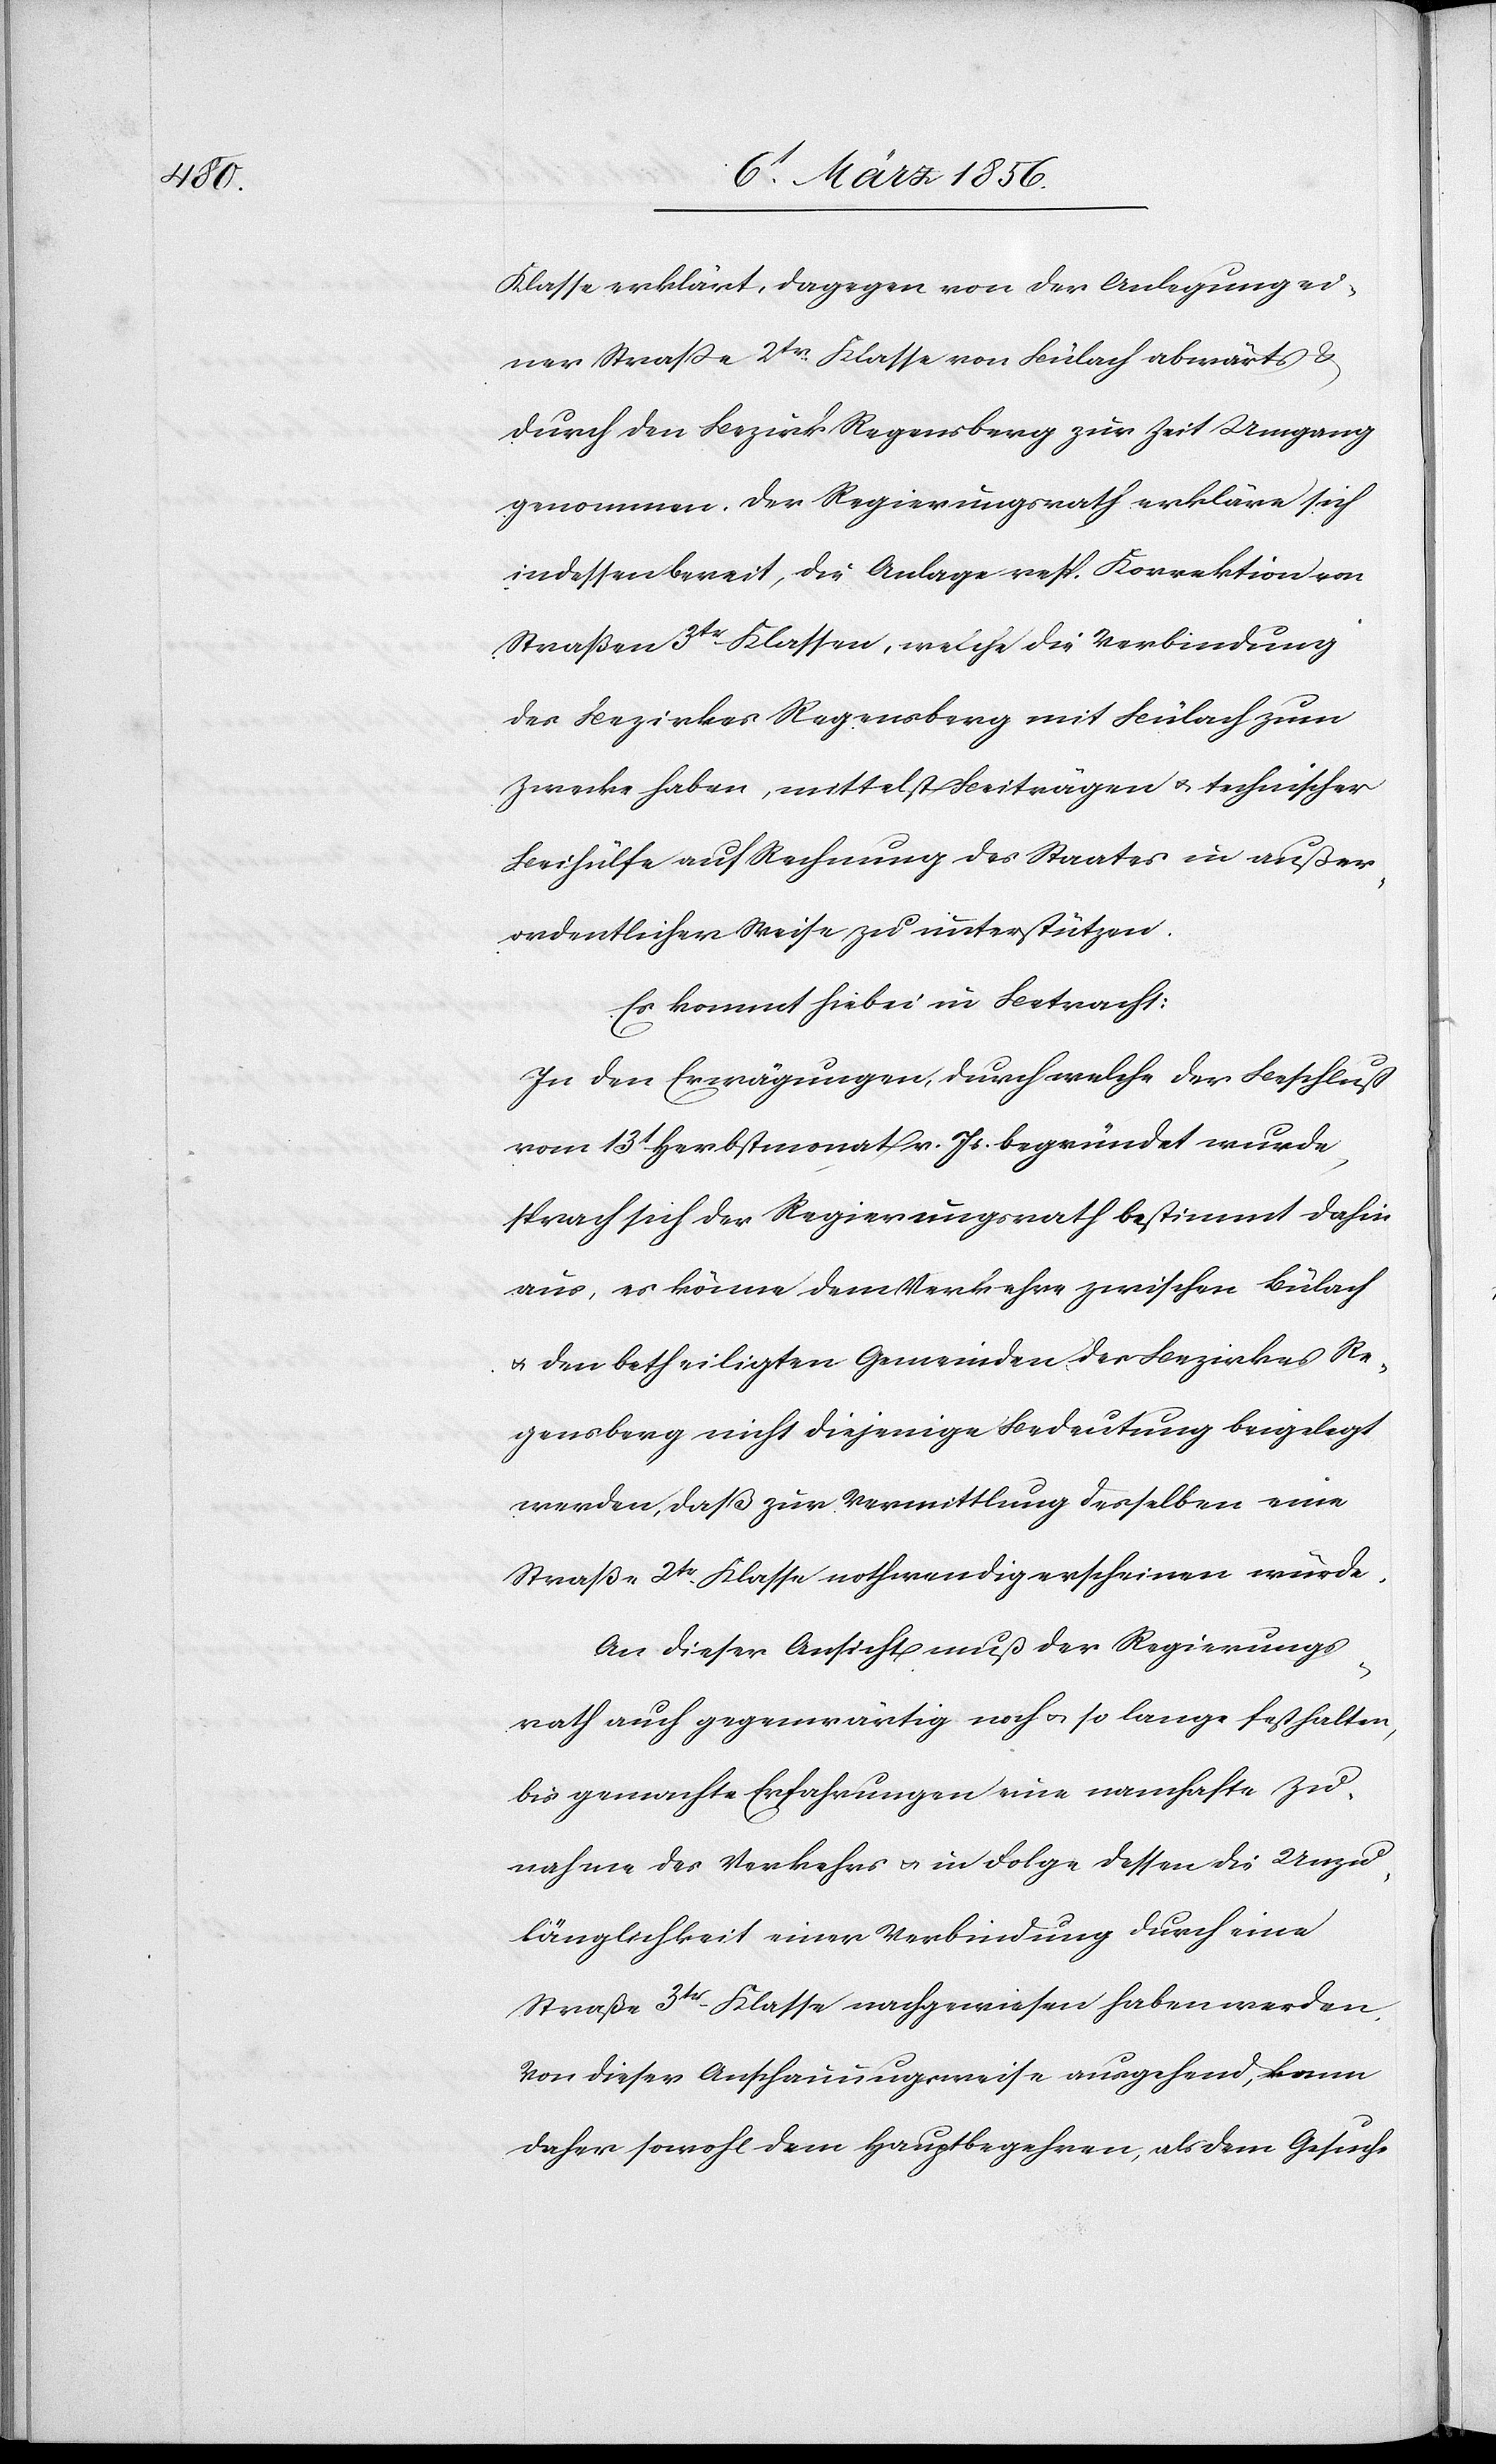
Klasse erklärt, dagegen von der Anlegung ei¬
ner Straße 2tr Klasse von Bülach abwärts &
durch den Bezirk Regensberg zur Zeit Umgang
genommen. Der Regierungsrath erkläre sich
indessen bereit, die Anlage resp. Korrektion von
Straßen 3tr Klassen, welche die Verbindung
des Bezirkes Regensberg mit Bülach zum
Zwecke haben, mittelst Beiträgen u. technischer
Beihülfe auf Rechnung des Staates in außer¬
ordentlicher Weise zu unterstützen.
Es kommt hiebei in Betracht:
In den Erwägungen, durch welche der Beschluß
vom 13t Herbstmonat v. Js. begründet wurde,
sprach sich der Regierungsrath bestimmt dahin
aus, es könne dem Verkehr zwischen Bülach
u. den betheiligten Gemeinden des Bezirkes Re¬
gensberg nicht diejenige Bedeutung beigelegt
werden, daß zur Vermittlung desselben eine
Straße 2tr Klasse nothwendig erscheinen würde.
An dieser Ansicht muß der Regierungs¬
rath auch gegenwärtig noch u. so lange festhalten,
bis gemachte Erfahrungen eine namhafte Zu¬
nahme des Verkehrs u. in Folge dessen die Unzu¬
länglichkeit einer Verbindung durch eine
Straße 3tr Klasse nachgewiesen haben werden.
Von dieser Anschauungsweise ausgehend, kann
daher sowohl dem Hauptbegehren, als dem Gesuche